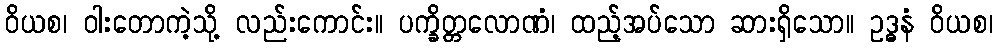
ဝိယစ၊ ဝါးတောကဲ့သို့ လည်းကောင်း။ ပက္ခိတ္တလောဏံ၊ ထည့်အပ်သော ဆားရှိသော။ ဥဒ္ဓနံ ဝိယစ၊